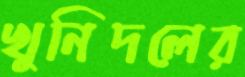
খুনিদলের